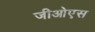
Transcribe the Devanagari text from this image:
जीओएस